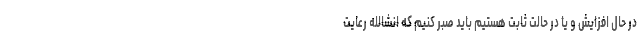
در حال افزایش و یا در حالت ثابت هستیم باید صبر کنیم که انشالله رعایت